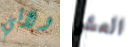
ولائي العشر